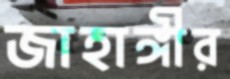
জাহাঙ্গীর